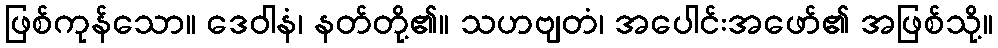
ဖြစ်ကုန်သော။ ဒေဝါနံ၊ နတ်တို့၏။ သဟဗျတံ၊ အပေါင်းအဖော်၏ အဖြစ်သို့။